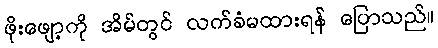
ဖိုးဖျော့ကို အိမ်တွင် လက်ခံမထားရန် ပြောသည်။